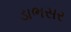
ડાભસર